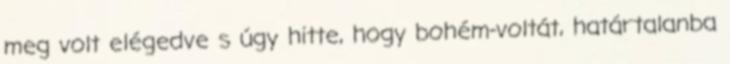
meg volt elégedve s úgy hitte, hogy bohém-voltát, határtalanba